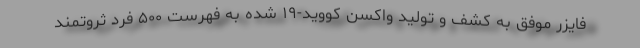
فایزر موفق به کشف و تولید واکسن کووید-۱۹ شده به فهرست ۵۰۰ فرد ثروتمند